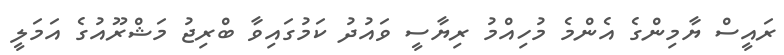
ރައީސް ޔާމިންގެ އެންމެ މުހިއްމު ރިޔާސީ ވައުުދު ކަމުގައިވާ ބްރިޖު މަޝްރޫއުގެ އަމަލީ